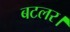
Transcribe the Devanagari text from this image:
बटलर।